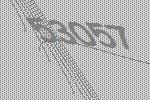
53057